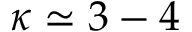
\kappa \simeq 3 - 4